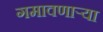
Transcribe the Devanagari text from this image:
गमावणाऱ्या